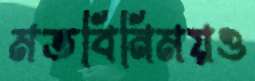
মতবিনিময়ও